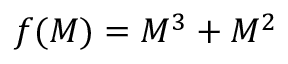
f ( M ) = M ^ { 3 } + M ^ { 2 }